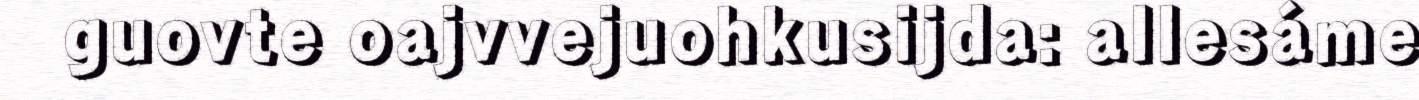
guovte oajvvejuohkusijda: allesáme